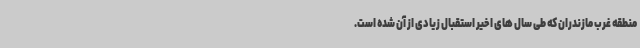
منطقه غرب مازندران که طی سال های اخیر استقبال زیادی از آن شده است.